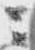
ニ